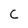
Character: C